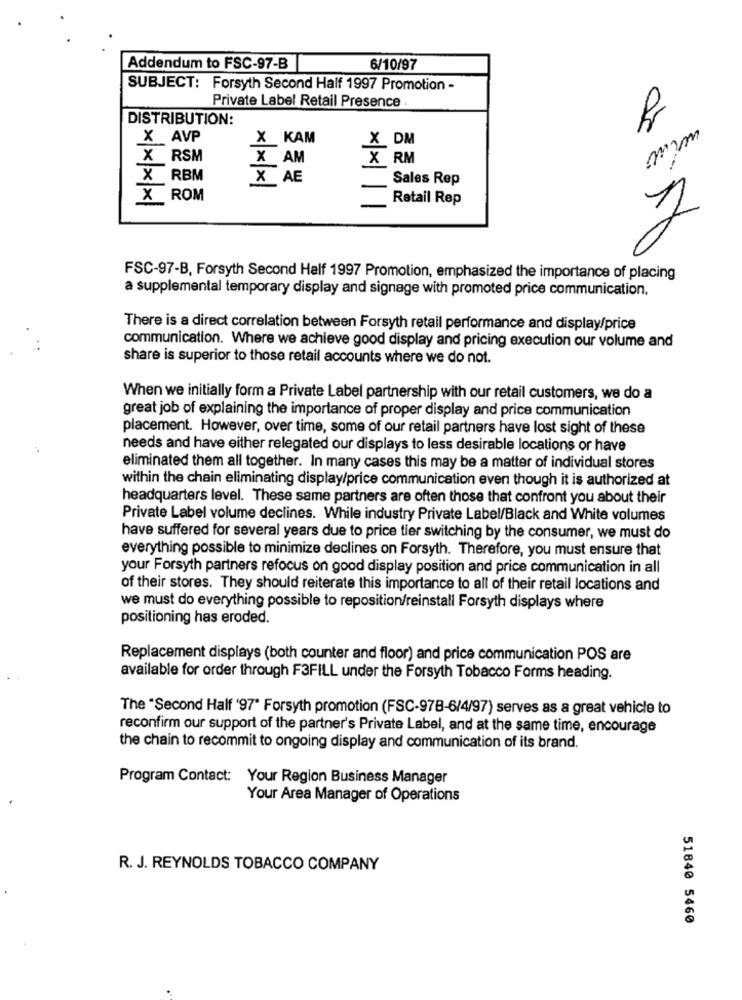
Addendum to FSC-97-B
6/10/97
SUBJECT: Forsyth Second Half 1997 Promotion -
Private Label Retail Presence .
DISTRIBUTION:
X AVP
X KAM
X DM
wine
X RSM
X AM
X RM
X RBM
X AE
Sales Rep
X ROM
Retail Rep
FSC-97-B, Forsyth Second Half 1997 Promotion, emphasized the importance of placing
a supplemental temporary display and signage with promoted price communication.
There is a direct correlation between Forsyth retail performance and display/price
communication. Where we achieve good display and pricing execution our volume and
share is superior to those retail accounts where we do not.
When we initially form a Private Label partnership with our retail customers, we do a
great job of explaining the importance of proper display and price communication
placement. However, over time, some of our retail partners have lost sight of these
needs and have either relegated our displays to less desirable locations or have
eliminated them all together. In many cases this may be a matter of individual stores
within the chain eliminating display/price communication even though it is authorized at
headquarters level. These same partners are often those that confront you about their
Private Label volume declines. While industry Private Label/Black and White volumes
have suffered for several years due to price tier switching by the consumer, we must do
everything possible to minimize declines on Forsyth. Therefore, you must ensure that
your Forsyth partners refocus on good display position and price communication in all
of their stores. They should reiterate this importance to all of their retail locations and
we must do everything possible to reposition/reinstall Forsyth displays where
positioning has eroded.
Replacement displays (both counter and floor) and price communication POS are
available for order through F3FILL under the Forsyth Tobacco Forms heading.
The "Second Half '97" Forsyth promotion (FSC-978-6/4/97) serves as a great vehicle to
reconfirm our support of the partner's Private Label, and at the same time, encourage
the chain to recommit to ongoing display and communication of its brand.
Program Contact: Your Region Business Manager
Your Area Manager of Operations
R. J. REYNOLDS TOBACCO COMPANY
51840 5460